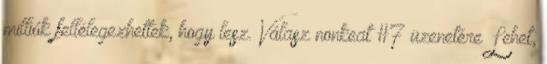
milliók fellélegezhettek, hogy lesz. Válasz nonkeat #7 üzenetére Lehet,